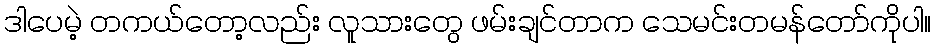
ဒါပေမဲ့ တကယ်တော့လည်း လူသားတွေ ဖမ်းချင်တာက သေမင်းတမန်တော်ကိုပါ။